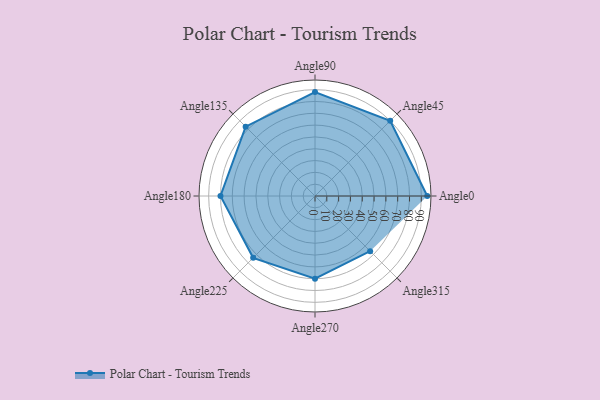
{"axis": {"x": "Angle", "y": "Radius"}, "legend": [""], "data": [{"x": "Angle0", "y": 95.0, "type": ""}, {"x": "Angle45", "y": 90.0, "type": ""}, {"x": "Angle90", "y": 88.0, "type": ""}, {"x": "Angle135", "y": 83.0, "type": ""}, {"x": "Angle180", "y": 80.0, "type": ""}, {"x": "Angle225", "y": 74.0, "type": ""}, {"x": "Angle270", "y": 70.0, "type": ""}, {"x": "Angle315", "y": 66.0, "type": ""}]}